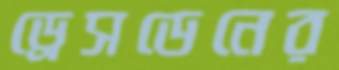
ড্রেসডেনের